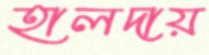
হালদায়